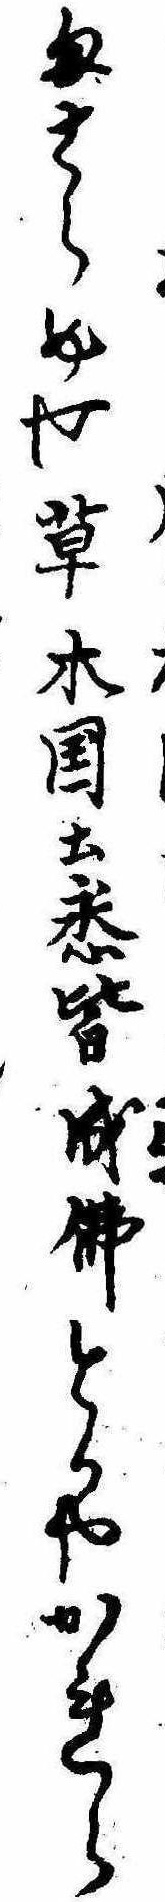
まさらめや草木国土悉皆成仏とかやかれら